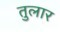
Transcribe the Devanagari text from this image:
तुलार